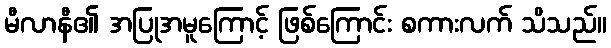
မီလာနီ၏ အပြုအမူကြောင့် ဖြစ်ကြောင်း စကားလက် သိသည်။